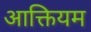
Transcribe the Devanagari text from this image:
आक्तियम